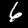
Digit: 6